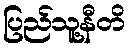
ပြည်သူ့နီတိ